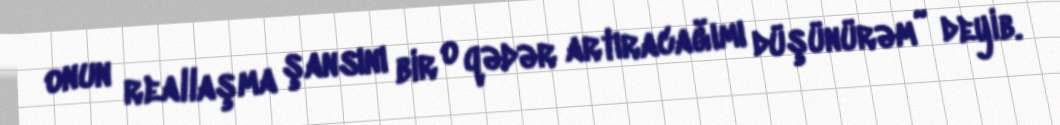
onun reallaşma şansını bir o qədər artıracağımı düşünürəm” deyib.